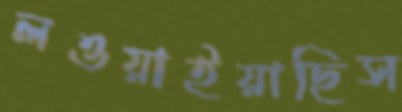
লওয়াইয়াছিস